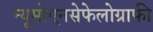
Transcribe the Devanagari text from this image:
न्यूमोएनसेफेलोग्राफी